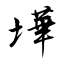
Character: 墷